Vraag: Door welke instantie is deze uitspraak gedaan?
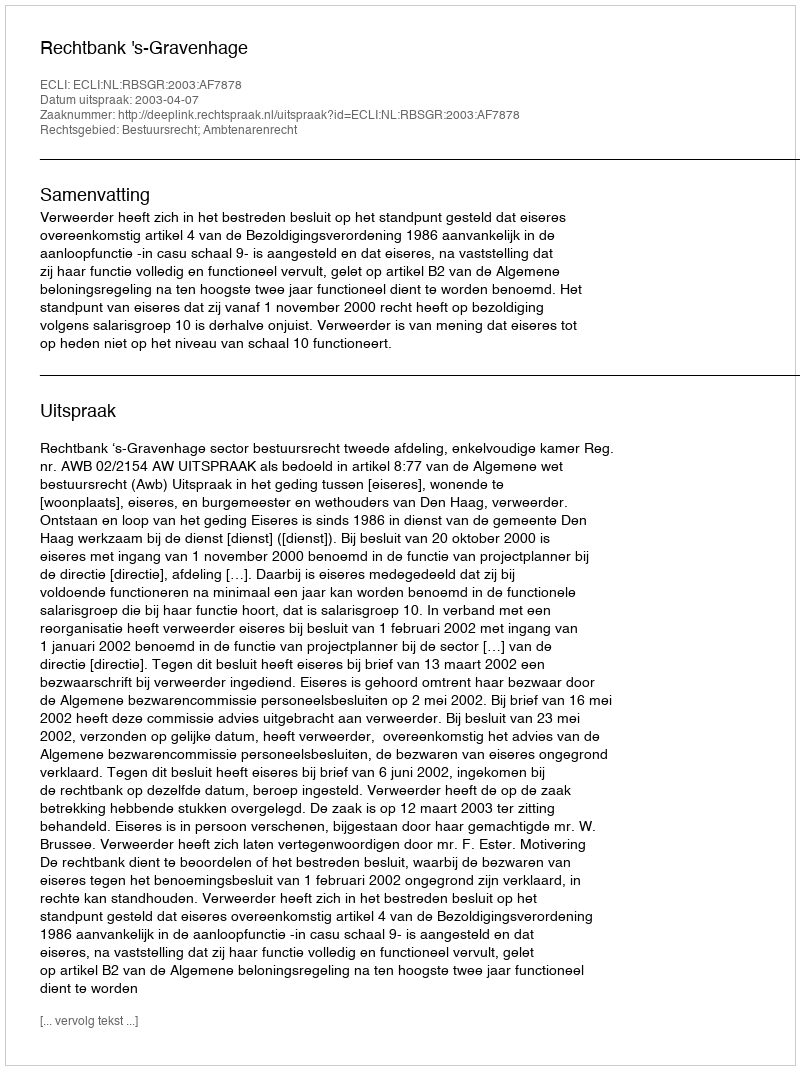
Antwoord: Rechtbank 's-Gravenhage